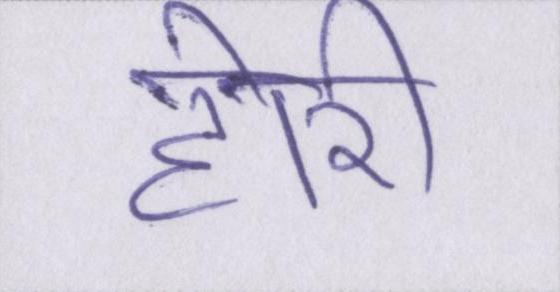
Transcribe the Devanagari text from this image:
होरी